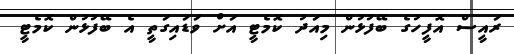
ރައީސް އޮފީހުގެ ބޭފުޅުން މިއަދު ކޮމެޓީ އަށް ވަޑައިގަތީ އެ ބޭފުޅުން ކޮމެޓީ